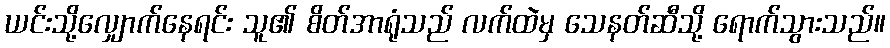
ယင်းသို့လျှောက်နေရင်း သူ၏ စိတ်အာရုံသည် လက်ထဲမှ သေနတ်ဆီသို့ ရောက်သွားသည်။